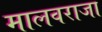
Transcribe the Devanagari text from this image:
मालवराजा